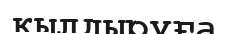
қылдыруға